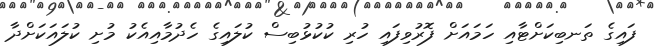
ފައިގެ ތަނބިކަށްޓާއި ހަމައަށް ފޮރުވިފައި ހުރި ކުކުޅުބިސް ކުލައިގެ ހެދުމާއިއެކު މުށި ކުލައަކަށްދާ